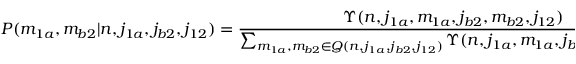
P ( m _ { 1 a } , m _ { b 2 } | n , j _ { 1 a } , j _ { b 2 } , j _ { 1 2 } ) = \frac { \Upsilon ( n , j _ { 1 a } , m _ { 1 a } , j _ { b 2 } , m _ { b 2 } , j _ { 1 2 } ) } { \sum _ { m _ { 1 a } , m _ { b 2 } \in Q ( n , j _ { 1 a } , j _ { b 2 } , j _ { 1 2 } ) } \Upsilon ( n , j _ { 1 a } , m _ { 1 a } , j _ { b 2 } , m _ { b 2 } , j _ { 1 2 } ) }